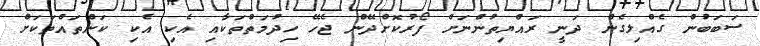
ސަބަބުން ގެއްލިގެން ދަނީ ރައްޔިތުންނަށް ފޯރުކޮށްދޭން ޖެހޭ ހިދުމަތްތަކާއި އެކި އެކި ކަންތައްތަކަށް